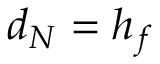
d _ { N } = h _ { f }